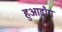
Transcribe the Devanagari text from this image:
हुआडाँग